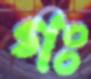
গঃ